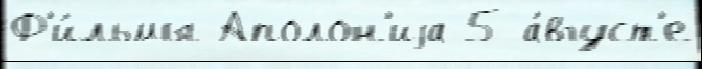
Ф'и́льмы Аполон'иjа 5 а́вгуст'е